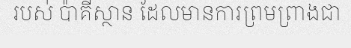
របស់ ប៉ាគីស្ថាន ដែលមានការព្រមព្រាងជា